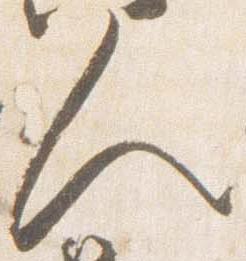
人